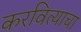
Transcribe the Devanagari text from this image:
करवित्याचा